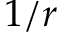
1 / r